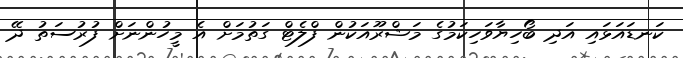
ކަނޑައަޅައި އަދި ބޯހިޔާވަހިކަމުގެ މަޝްރޫއަކުން ފްލެޓް ގަތުމަށް އެ މީހުންނަށް ފުރުސަތު ދޭ